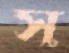
স